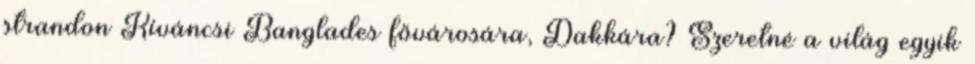
strandon Kíváncsi Banglades fővárosára, Dakkára? Szeretné a világ egyik